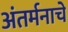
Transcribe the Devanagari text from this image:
अंतर्मनाचे